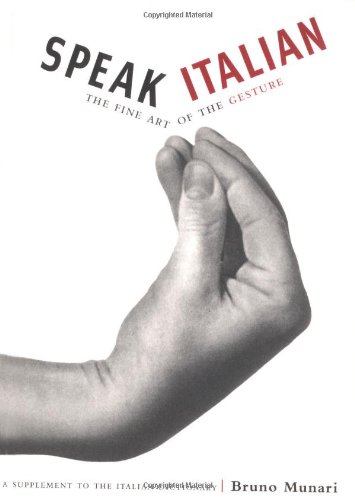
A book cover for Speak Italian: The Fine Art of the Gesture; Bruno Munari; Reference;